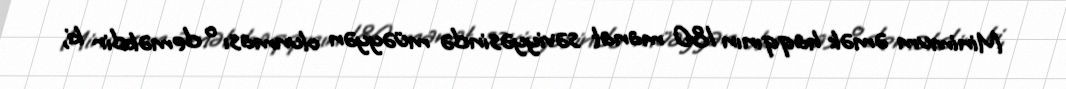
Minimum əmək haqqının 180 manat səviyyəsində müəyyən olunması o deməkdir ki,